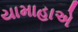
યામાહાએ